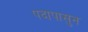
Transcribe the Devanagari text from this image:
पदापासुन